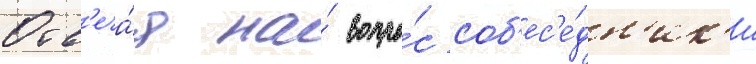
Отв'еча́я на́ вопро́с соб'ес'е́дн'ик'и